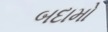
બદામો